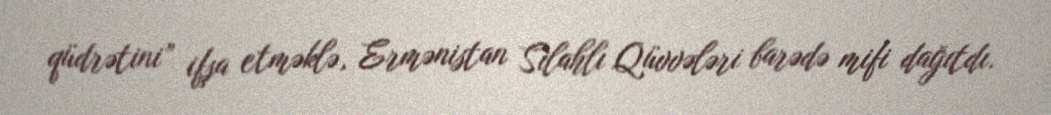
qüdrətini” ifşa etməklə, Ermənistan Silahlı Qüvvələri barədə mifi dağıtdı.